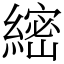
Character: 䌏